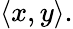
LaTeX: \langle x,y\rangle.